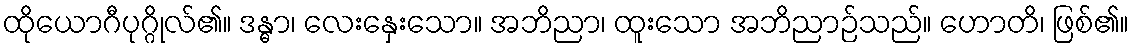
ထိုယောဂီပုဂ္ဂိုလ်၏။ ဒန္ဓာ၊ လေးနှေးသော။ အဘိညာ၊ ထူးသော အဘိညာဉ်သည်။ ဟောတိ၊ ဖြစ်၏။